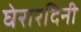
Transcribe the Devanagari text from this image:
घेरारदिनी